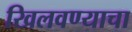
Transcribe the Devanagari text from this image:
खिलवण्याचा